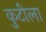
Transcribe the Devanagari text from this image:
कुटीला